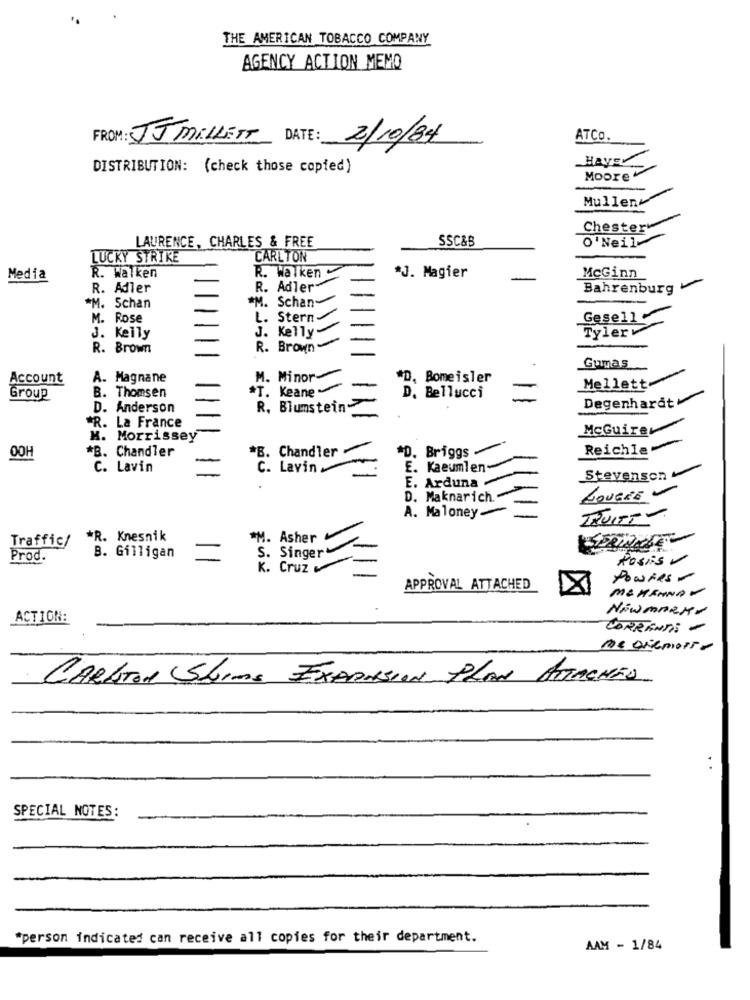
THE AMERICAN TOBACCO COMPANY
AGENCY ACTION MEMO
ATCO.
FROM : JJ MELLETT DATE : 2/10/84
Hays
DISTRIBUTION: (check those copied)
Moore
Mullen
Chesterv
SSC&B
O Neil
LAURENCE, CHARLES & FREE
LUCKY STRIKE
CARLTON
McGinn
Media
R. Walken
R. Walken
*J. Magier
R. Adler
R. Adler
Bahrenburg
*M. Schan
*M. Schan
M. Rose
L. Stern
Gesell
J. Kelly-
J. Kelly
Tylerv
R. Brown
R. Brown-
Gumas
Account
A. Magnane
M. Minor-
*D. Bomeisler
B. Thomsen
T. Keane
Mellett
Group
D. Bellucci
Degenhardt
D. Anderson
R. Blumstein
R. La France
McGuire
H. Morrissey
OOH
*B. Chandler
*B. Chandler
*D. Briggs
Reichle
C. Lavin
C. Lavin
E. Kaeumlen-
Stevenson
E. Arduna
LOUERE V
D. Maknarich
A. Maloney
TRUITT-
*R. Knesnik
*M. Asher
Traffic/
S. Singer
Prod.
B. Gilligan
Rossis -
K. Cruz
Powies-
APPROVAL ATTACHED
ME HAMNAV
Now MARRY
ACTION:
CORRENTI -
CARLTON ShIns EXPANSION PLAN ATTACHED
SPECIAL NOTES:
*person indicated can receive all copies for their department.
AAM - 1/84